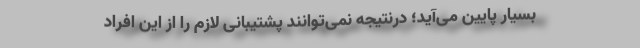
بسیار پایین می‌آید؛ درنتیجه نمی‌توانند پشتیبانی‌ لازم را از این افراد